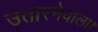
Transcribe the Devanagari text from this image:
उतारनेवाला।